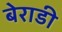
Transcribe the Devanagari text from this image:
बेराडी